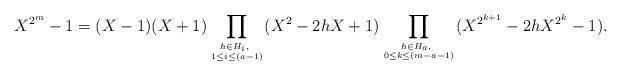
LaTeX: \begin{align*}X^{2^m}-1=(X-1)(X+1)\prod\limits_{h\in H_{i}, ~\atop{1\leq i\leq(a-1)}}(X^2-2hX+1)\prod\limits_{h\in H_{a},~\atop{0\leq k\leq(m-a-1)}}(X^{2^{k+1}}-2hX^{2^{k}}-1).\end{align*}